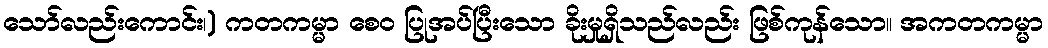
သော်လည်းကောင်း၊) ကတကမ္မာ စေဝ ပြုအပ်ပြီးသော ခိုးမှုရှိသည်လည်း ဖြစ်ကုန်သော။ အကတကမ္မာ